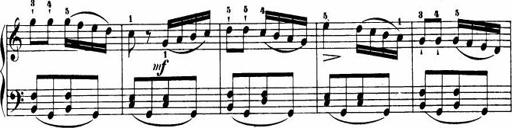
Title: Le bouquetier
Composer: Anton Diabelli
Key: G major
 C major
 F major
 C major